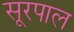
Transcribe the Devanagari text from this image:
सूरपाल